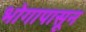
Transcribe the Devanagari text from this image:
भोगापासून